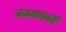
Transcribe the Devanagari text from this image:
जनगणनाएँ